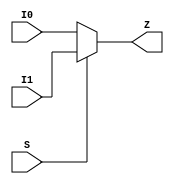
// ================================================================
// NVDLA Open Source Project
// 
// Copyright(c) 2016 - 2017 NVIDIA Corporation.  Licensed under the
// NVDLA Open Hardware License; Check "LICENSE" which comes with 
// this distribution for more information.
// ================================================================


module  MUX2D4 (
	 I0
	,I1
	,S
	,Z
	);

input	 I0 ;
input	 I1 ;
input	 S ;
output	 Z ;

assign Z = S ? I1 : I0;

endmodule